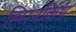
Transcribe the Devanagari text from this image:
ह्सिनकिंग